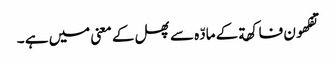
تفکھون فاکھة کے مادّہ سے پھل کے معنی میں ہے ۔